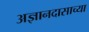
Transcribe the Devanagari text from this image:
अज्ञानदासाच्या